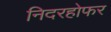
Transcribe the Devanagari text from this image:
निदरहोफर